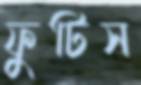
ফুটিস